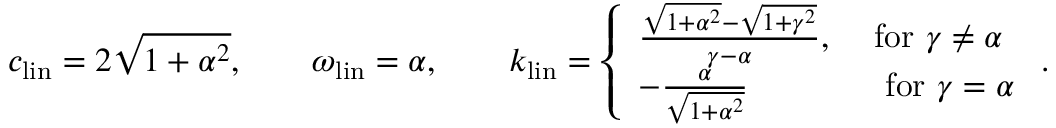
c _ { \mathrm { l i n } } = 2 \sqrt { 1 + \alpha ^ { 2 } } , \qquad \omega _ { \mathrm { l i n } } = \alpha , \qquad k _ { \mathrm { l i n } } = \left\{ \begin{array} { l l } { \frac { \sqrt { 1 + \alpha ^ { 2 } } - \sqrt { 1 + \gamma ^ { 2 } } } { \gamma - \alpha } , } & { \, \, \mathrm { f o r ~ } \gamma \neq \alpha } \\ { - \frac { \alpha } { \sqrt { 1 + \alpha ^ { 2 } } } } & { \, \, \mathrm { ~ f o r ~ } \gamma = \alpha } \end{array} \right. .